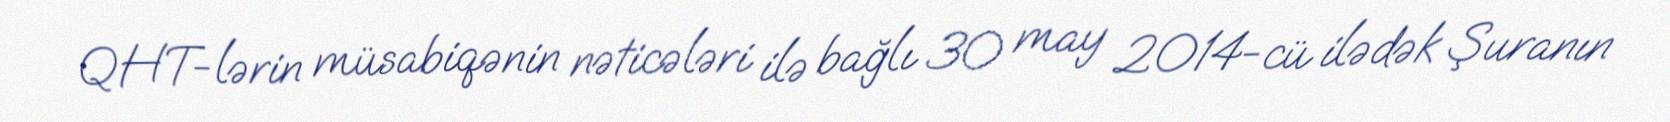
QHT-lərin müsabiqənin nəticələri ilə bağlı 30 may 2014-cü ilədək Şuranın